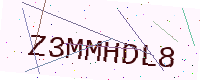
Text: Z3MMHDL8